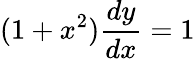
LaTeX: (1+x^{2}){\frac{dy}{dx}}=1